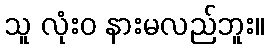
သူ လုံးဝ နားမလည်ဘူး။